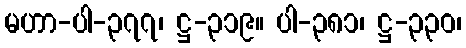
မဟာ-ပါ-၃၇၇၊ ဋ္ဌ-၃၁၉။ ပါ-၃၈၁၊ ဋ္ဌ-၃၃၀၊